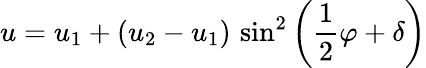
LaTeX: u=u_{1}+\left(u_{2}-u_{1}\right)\, \sin^{2}\left({\frac{1}{2}}\varphi+\delta\right)